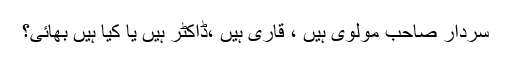
سردار صاحب مولوی ہیں ، قاری ہیں ،ڈاکٹر ہیں یا کیا ہیں بھائی؟